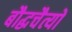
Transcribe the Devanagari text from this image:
बौद्धचैत्यों